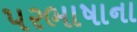
પરભાષાના